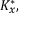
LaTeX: K _ { x } ^ { * } ,